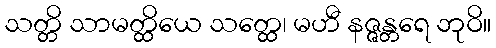
သတ္တိ သာမတ္ထိယေ သတ္ထေ၊ မဟီ နဇ္ဇန္တရေ ဘုဝိ။